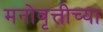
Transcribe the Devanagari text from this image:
मनोवृत्तीच्या